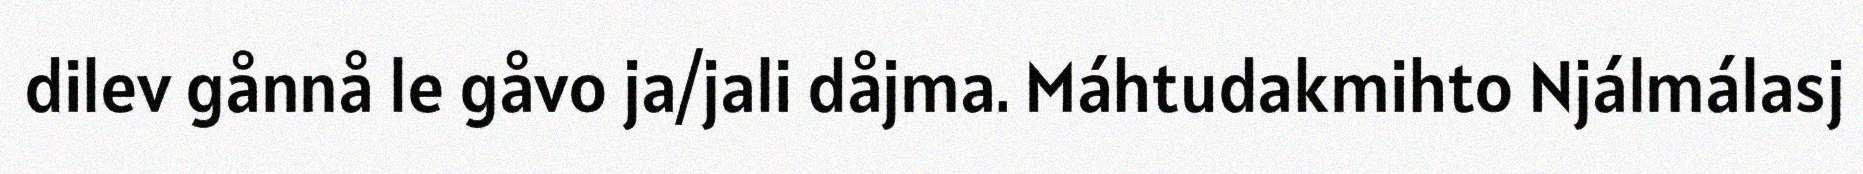
dilev gånnå le gåvo ja/jali dåjma. Máhtudakmihto Njálmálasj